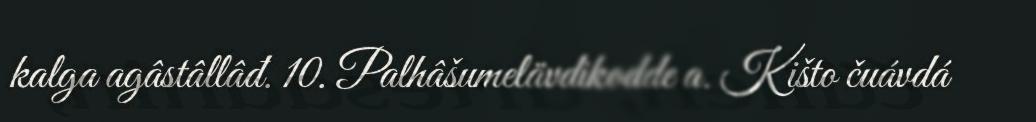
kalga agâstâllâđ. 10. Palhâšumelävdikodde a. Kišto čuávdá